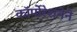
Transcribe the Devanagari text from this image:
कॉर्पोरेशनेने